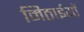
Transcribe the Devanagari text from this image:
मिठाईयाॅ